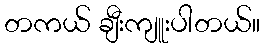
တကယ် ချီးကျူးပါတယ်။